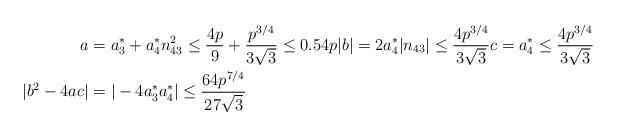
LaTeX: \begin{align*}a &= a_{3}^{*} + a_{4}^{*} n_{43}^{2}\leq \frac{4p}{9} + \frac{p^{3/4}}{3 \sqrt{3}} \leq 0.54p |b| = 2a_{4}^{*} |n_{43}| \leq \frac{4 p^{3/4}}{3 \sqrt{3}} c = a_{4}^{*} \leq \frac{4 p^{3/4}}{3 \sqrt{3}}\\|b^{2} - 4ac| &= |-4a_{3}^{*} a_{4}^{*}| \leq \frac{64 p^{7/4}}{27 \sqrt{3}}\\\end{align*}